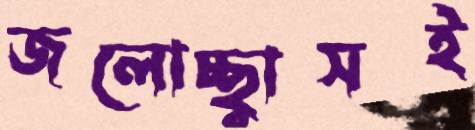
জলোচ্ছ্বাসই